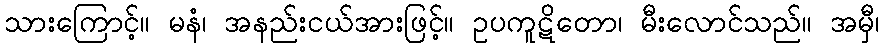
သားကြောင့်။ မနံ၊ အနည်းငယ်အားဖြင့်။ ဥပကူဋိတော၊ မီးလောင်သည်။ အမှီ၊